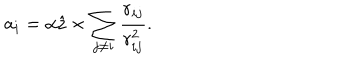
{ \bf a } _ { i } = \alpha \hat { \bf z } \times \sum _ { j \neq i } \frac { { \bf r } _ { i j } } { r _ { i j } ^ { 2 } } .